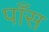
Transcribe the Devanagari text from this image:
पाँस